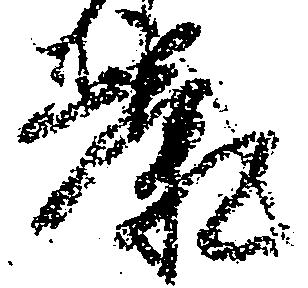
康